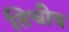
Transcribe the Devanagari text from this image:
तिचीच